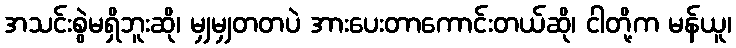
အသင်းစွဲမရှိဘူးဆို၊ မျှမျှတတပဲ အားပေးတာကောင်းတယ်ဆို၊ ငါတို့က မန်ယူ၊